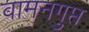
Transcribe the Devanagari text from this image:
वामनगुप्त